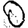
Digit: 0